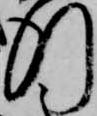
行